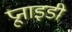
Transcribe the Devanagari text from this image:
प्रूनाइडी